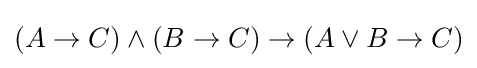
(A\to C)\land (B\to C)\to (A\lor B\to C)